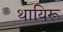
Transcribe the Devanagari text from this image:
थायिरू